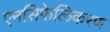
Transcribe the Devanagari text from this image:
एनसिफेलिकरण